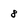
Character: 8